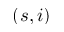
( s , i )